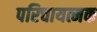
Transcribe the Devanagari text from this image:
परिचायत्मक